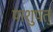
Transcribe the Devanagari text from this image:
पाशुपत्